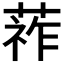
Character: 𦵬